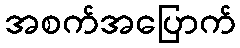
အစက်အပြောက်